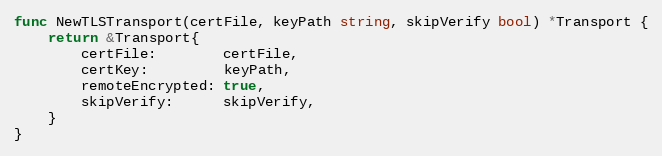
Language: Go
func NewTLSTransport(certFile, keyPath string, skipVerify bool) *Transport {
	return &Transport{
		certFile:        certFile,
		certKey:         keyPath,
		remoteEncrypted: true,
		skipVerify:      skipVerify,
	}
}